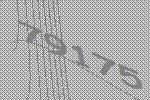
79175